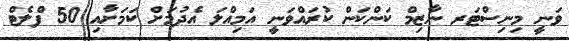
ވަނީ މިނިސްޓަރ ނާޒިމް ކަންކަން ކުރައްވަނީ އަމިއްލަ އެދުމަށް ކަމަށާއި 50 ފްލެޓް